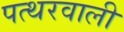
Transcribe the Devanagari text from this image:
पत्थरवाली